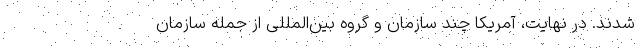
شدند. در نهایت، آمریکا چند سازمان و گروه بین‌المللی از جمله سازمان